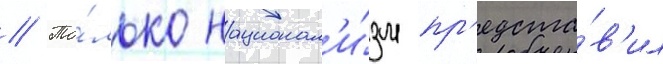
// То́лько национал'и́зм пр'едста́в'ил